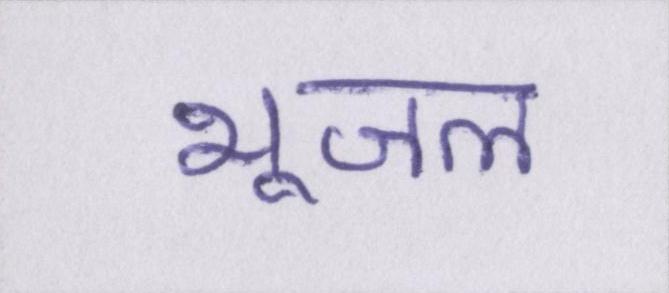
भूजल